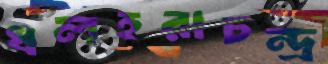
ধলহরাচন্দ্র